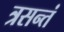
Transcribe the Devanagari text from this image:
त्रसन्तं